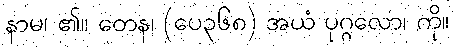
နာမ၊ ၏။ တေန၊ (ပေ၃၆၈) အယံ ပုဂ္ဂလော၊ ကို။